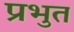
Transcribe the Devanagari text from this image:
प्रभुत